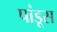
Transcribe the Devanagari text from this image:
पांडूस